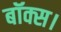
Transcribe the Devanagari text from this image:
बॉक्स।